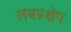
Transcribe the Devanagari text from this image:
लंबप्रक्षेप